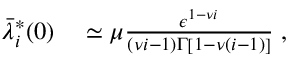
\begin{array} { r l } { \bar { \lambda } _ { i } ^ { * } ( 0 ) } & { { } \simeq \mu \frac { \epsilon ^ { 1 - \nu i } } { ( \nu i - 1 ) \Gamma \left[ 1 - \nu ( i - 1 ) \right] } \; , } \end{array}